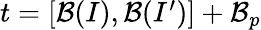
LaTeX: \begin{array}{r}{t=[\mathcal{B}({I}),\mathcal{B}(I^{\prime})]+\mathcal{B}_{p}}\end{array}